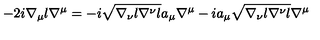
- 2 i \nabla _ { \mu } l \nabla ^ { \mu } = - i \sqrt { \nabla _ { \nu } l \nabla ^ { \nu } l } a _ { \mu } \nabla ^ { \mu } - i a _ { \mu } \sqrt { \nabla _ { \nu } l \nabla ^ { \nu } l } \nabla ^ { \mu }